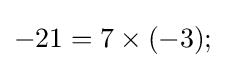
-21=7\times (-3);